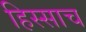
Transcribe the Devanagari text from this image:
हिस्साच